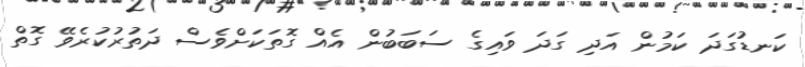
ކަނޑުގަދަ ކަމުން އަދި ގަދަ ވައިގެ ސަބަބުން އެއް ގޮތަކަށްވެސް ދަތުރުކުރެވޭ ގޮތް